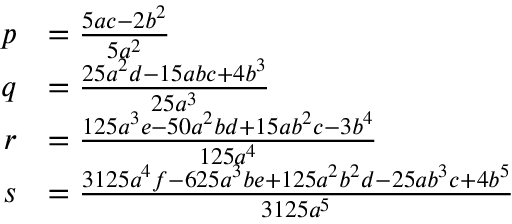
{ \begin{array} { r l } { p } & { = { \frac { 5 a c - 2 b ^ { 2 } } { 5 a ^ { 2 } } } } \\ { q } & { = { \frac { 2 5 a ^ { 2 } d - 1 5 a b c + 4 b ^ { 3 } } { 2 5 a ^ { 3 } } } } \\ { r } & { = { \frac { 1 2 5 a ^ { 3 } e - 5 0 a ^ { 2 } b d + 1 5 a b ^ { 2 } c - 3 b ^ { 4 } } { 1 2 5 a ^ { 4 } } } } \\ { s } & { = { \frac { 3 1 2 5 a ^ { 4 } f - 6 2 5 a ^ { 3 } b e + 1 2 5 a ^ { 2 } b ^ { 2 } d - 2 5 a b ^ { 3 } c + 4 b ^ { 5 } } { 3 1 2 5 a ^ { 5 } } } } \end{array} }